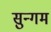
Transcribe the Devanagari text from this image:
सुन्गम